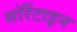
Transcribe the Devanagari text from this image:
सॉरेंटाइन